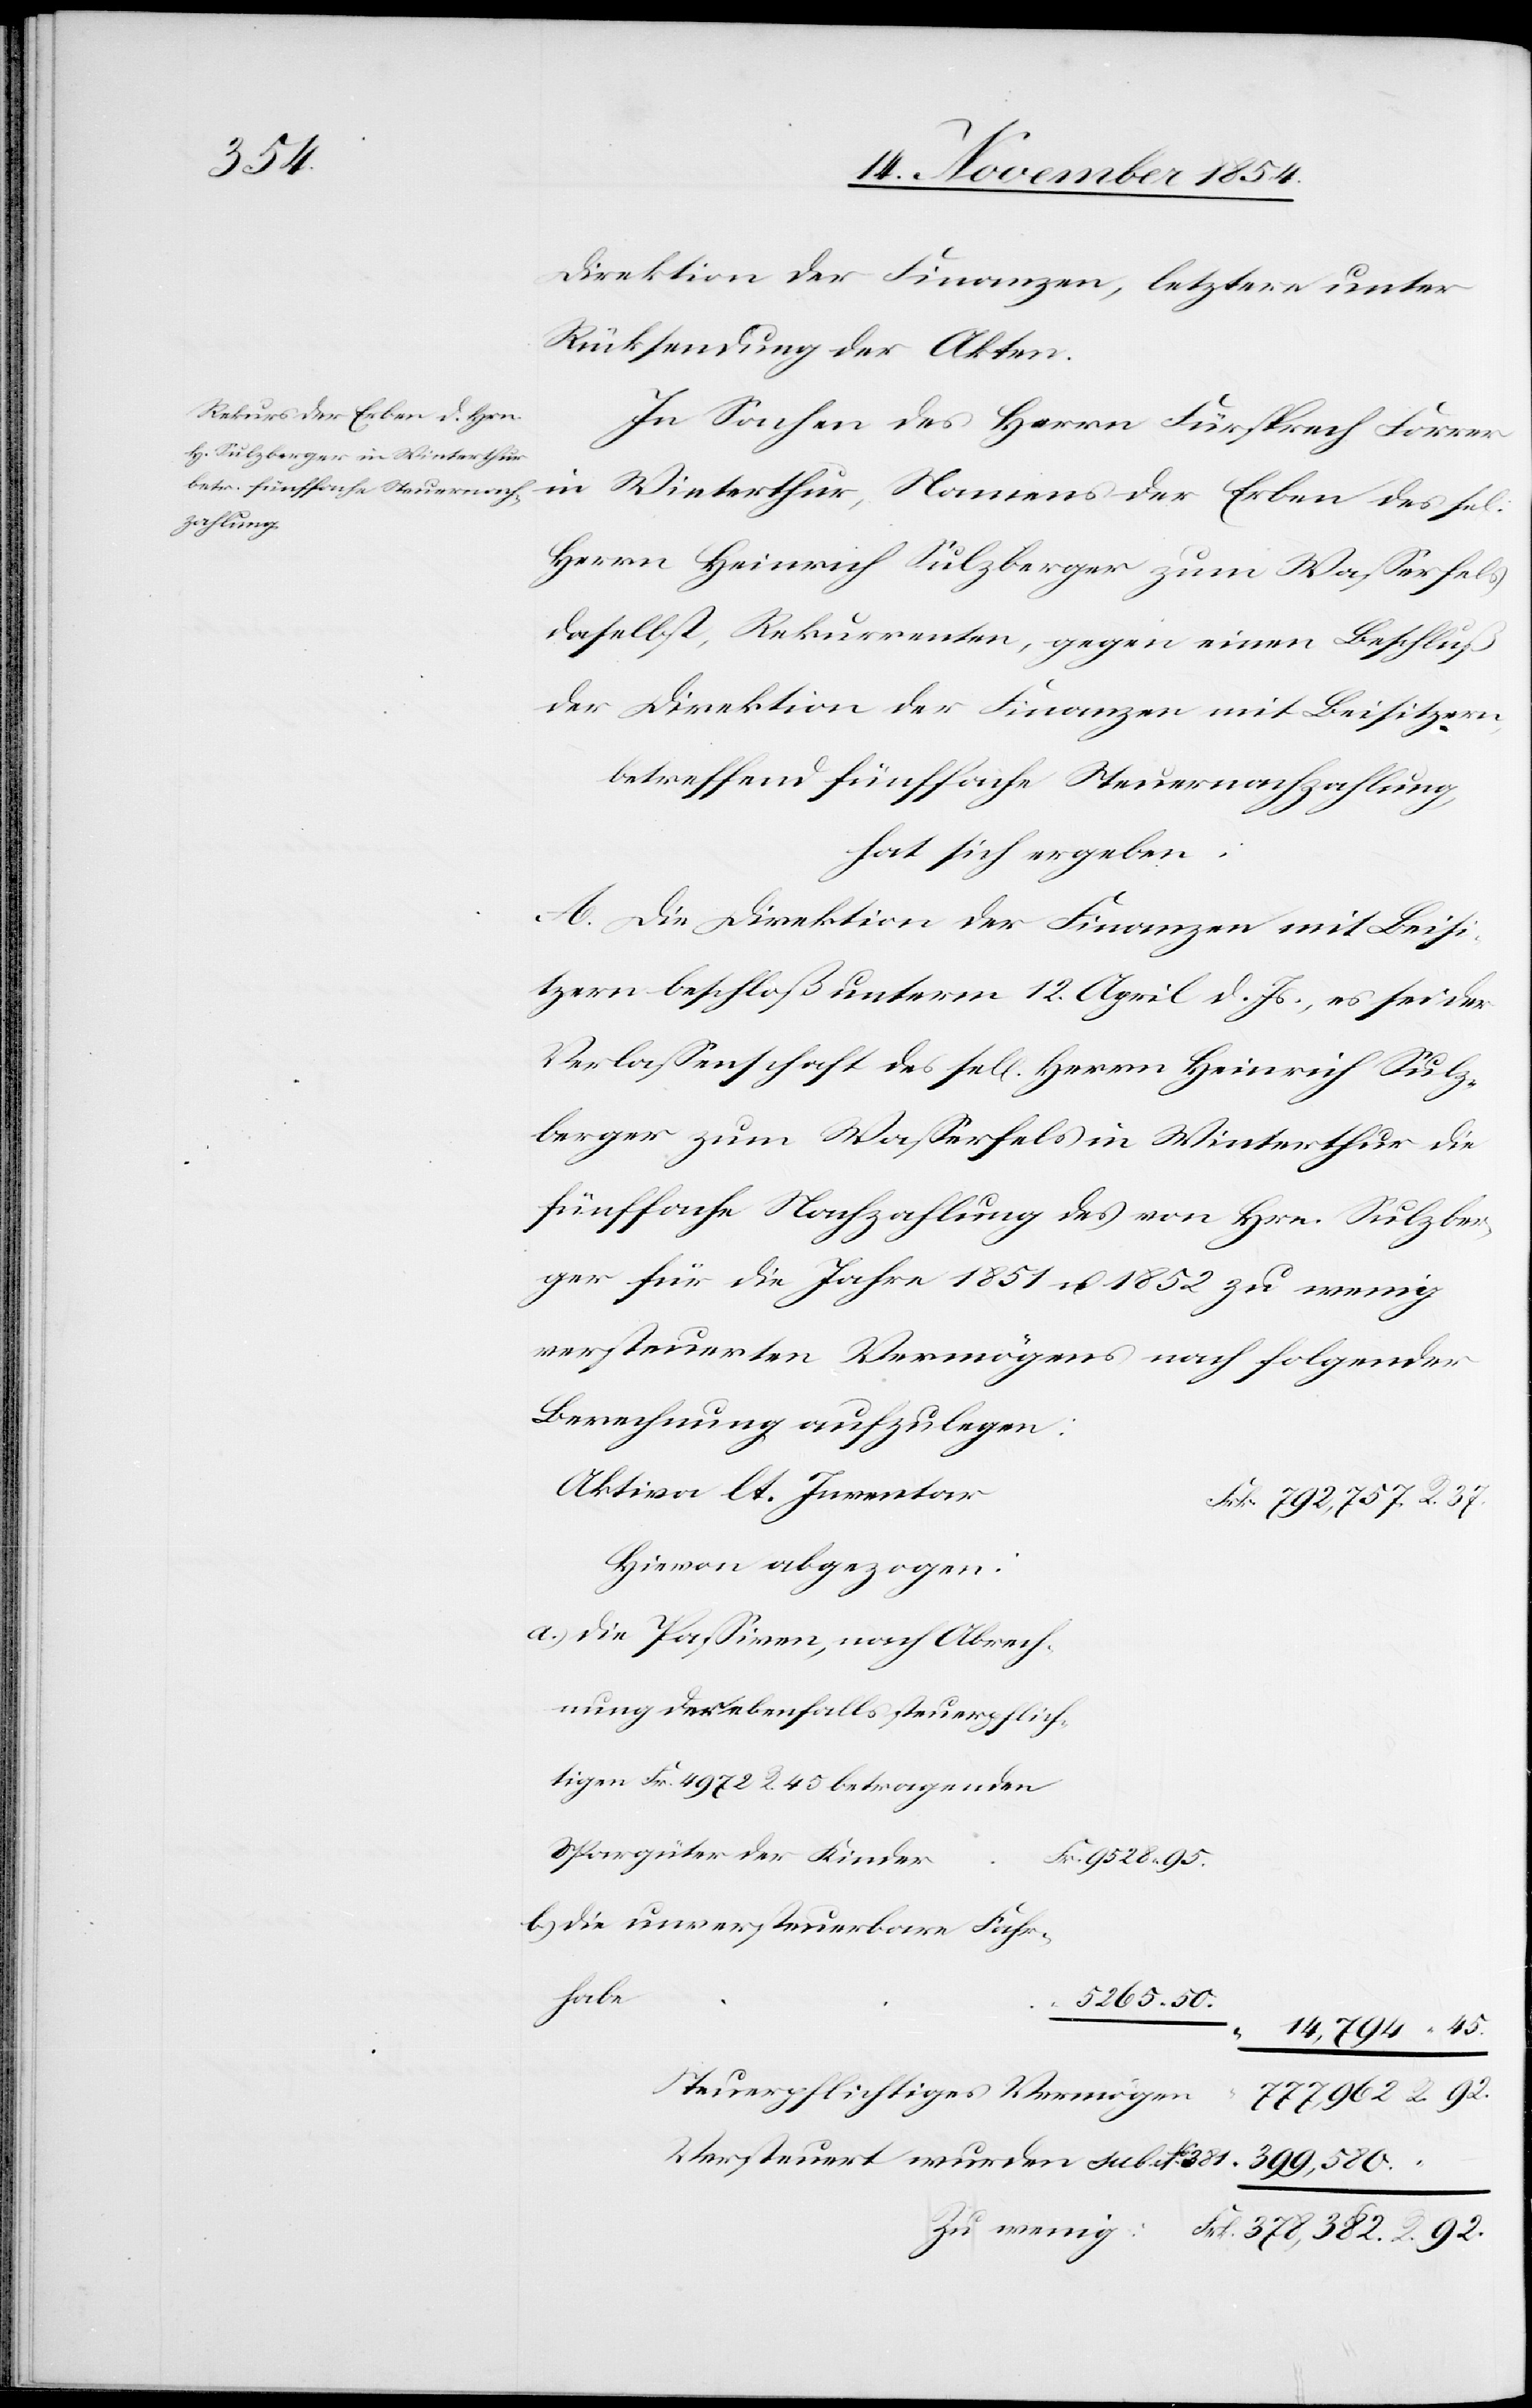
Direktion der Finanzen, letztere unter
Rücksendung der Akten.
In Sachen des Herrn Fürsprech Forrer
in Winterthur, Namens der Erben des sel.
Herrn Heinrich Sulzberger zum Waßerfels
daselbst, Rekurrenten, gegen einen Beschluß
der Direktion der Finanzen mit Beisitzern,
betreffend fünffache Steuernachzahlung,
hat sich ergeben:
–
A. Die Direktion der Finanzen mit Beisi¬
tzern beschloß unterm 12. April d. Js., es sei der
Verlaßenschaft des sel. Herrn Heinrich Sulz¬
berger zum Waßerfels in Winterthur die
fünffache Steuernachzahlung des von Hrn. Sulzber¬
ger für die Jahre 1851 u. 1852 zu wenig
versteuerten Vermögens nach folgender
Berechnung aufzulegen:
Aktiva lt. Inventar
Hievon wird abgezogen:
a.) die Paßiven, nach Abrech¬
nung der ebenfalls steuerpflich¬
tigen Fr. 4972. R. 45 betragenden
Spargüter der Kinder
Fr. 9528. “ 95.
b.) die unversteuerbare Fahr¬
habe
5265. “ 50.
Versteuert wurden sub. No 381